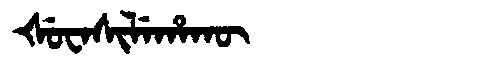
Manchu: ᡧᡠᠸᠠᠰᡳᠯᡝᡥᠠᡴᡡ
Romanization: ŠUWASILEHAKŪ